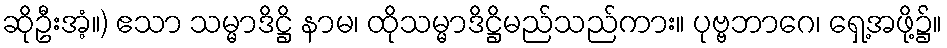
ဆိုဦးအံ့။) ဧသာ သမ္မာဒိဋ္ဌိ နာမ၊ ထိုသမ္မာဒိဋ္ဌိမည်သည်ကား။ ပုဗ္ဗဘာဂေ၊ ရှေ့အဖို့၌။